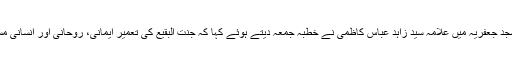
جامع مسجد جعفریہ میں علامہ سید زاہد عباس کاظمی نے خطبہ جمعہ دیتے ہوئے کہا کہ جنت البقیع کی تعمیر ایمانی، روحانی اور انسانی مسئلہ ہے۔